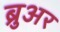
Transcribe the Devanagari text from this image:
ब्रुअर